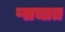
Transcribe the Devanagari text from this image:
प्सचात